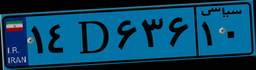
۷۹D۷۶۵۱۳